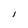
Character: l